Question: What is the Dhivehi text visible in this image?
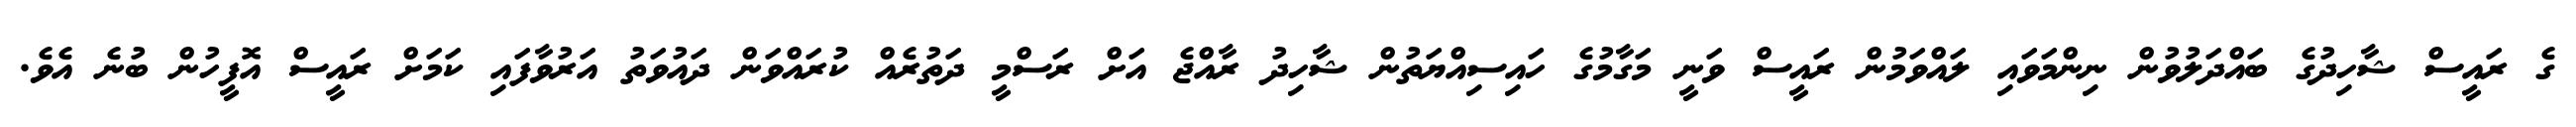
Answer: ގެ ރައީސް ޝާހިދުގެ ބައްދަލުވުން ނިންމަވައި ލައްވަމުން ރައީސް ވަނީ މަގާމުގެ ހައިސިއްޔަތުން ޝާހިދު ރާއްޖެ އަށް ރަސްމީ ދަތުރެއް ކުރައްވަން ދައުވަތު އަރުވާފައި ކަމަށް ރައީސް އޮފީހުން ބުނެ އެވެ.